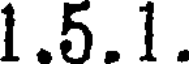
1.5.1.